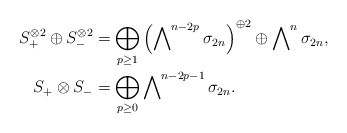
\begin{align*}S_+^{\otimes 2}\oplus S_-^{\otimes 2}&=\bigoplus_{p\geq 1}\left(\bigwedge\nolimits^{n-2p}\sigma_{2n}\right)^{\oplus 2}\oplus \bigwedge\nolimits^n\sigma_{2n}, \\S_+\otimes S_-&=\bigoplus_{p\geq 0}\bigwedge\nolimits^{n-2p-1}\sigma_{2n}.\end{align*}